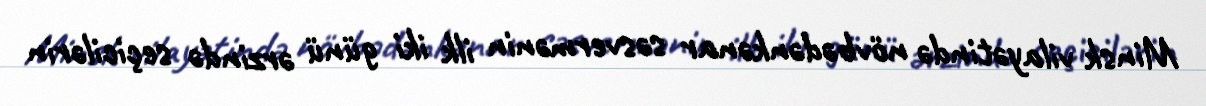
Minsk vilayətində növbədənkənar səsvermənin ilk iki günü ərzində seçicilərin